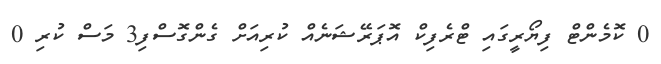
0 ކޮމެންޓް ފިޔޯރީގައި ޓްރެފިކް އޮޕަރޭޝަނެއް ކުރިއަށް ގެންގޮސްފި3 މަސް ކުރި 0